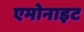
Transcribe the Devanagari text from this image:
एमोनाइट